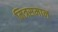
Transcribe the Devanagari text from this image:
मित्रसमान